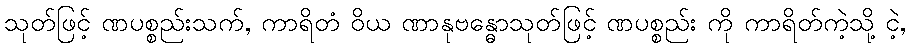
သုတ်ဖြင့် ဏပစ္စည်းသက်, ကာရိတံ ဝိယ ဏာနုဗန္ဓောသုတ်ဖြင့် ဏပစ္စည်း ကို ကာရိတ်ကဲ့သို့ ငဲ့,